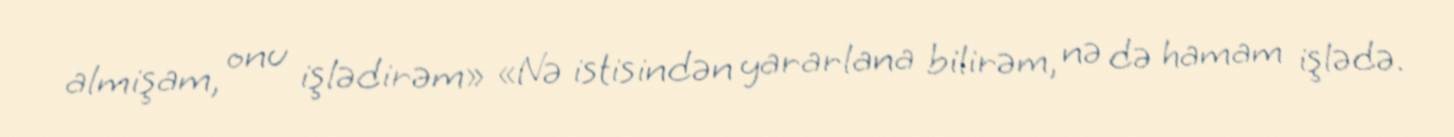
almişam, onu işlədirəm» «Nə istisindən yararlana bilirəm, nə də hamam işlədə.